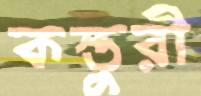
কস্তুরী